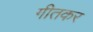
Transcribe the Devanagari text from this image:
गीतकर